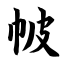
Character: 帔